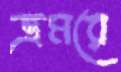
ভ্রমরে